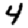
Digit: 4